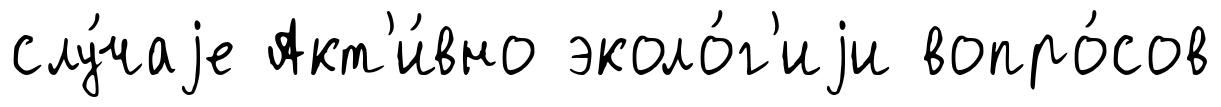
слу́чаjе Акт'и́вно эколо́г'иjи вопро́сов